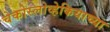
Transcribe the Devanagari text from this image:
चेकोस्लोव्हेकियाच्या